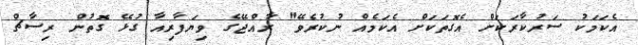
އެކަމަކު ސަރުކާރަކަށް އެގޮތަކަށް އެކަމެއް ނުކުރެވޭ" ރާއްޖޭގެ ވިޔަފާރިއާ ގުޅޭ ގޮތުން ރިސާޗް